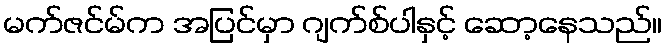
မက်ဇင်မ်က အပြင်မှာ ဂျက်စ်ပါနှင့် ဆော့နေသည်။